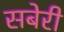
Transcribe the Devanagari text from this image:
सबेरी